Serum-therapy of plague in India - Number 20
Disease focus: Plague
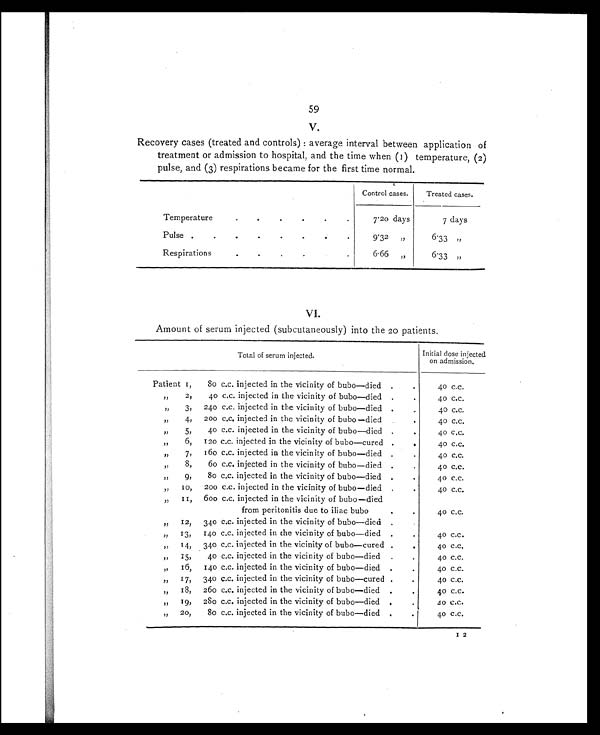
59
V.
Recovery cases (treated and controls) : average interval between application of
treatment or admission to hospital, and the time when (1) temperature, (2)
pulse, and (3) respirations became for the first time normal.
Control cases.
Treated cases.
Temperature
.
7. 20 days
7 days
Pulse .
.
.
9.32 ,,
6. 33 , ,
Respirations
.
6.66 „
6. 33 , ,
VI.
Amount of serum injected (subcutaneously) into the 20 patients.
Total of serum injected.
Initial dose injected
on admission.
Patient 1,
80 c.c. injected in the vicinity of bubo—died
.
40 c.c.
,, 2,
40 c.c. injected in the vicinity of bubo—died
. .
40 c.c.
,, 3,
240 c.c. injected in the vicinity of bubo—died
.
40 c.c.
,, 4,
200 c.c. injected in the vicinity of bubo—died
.
40 c.c.
,, 5,
40 c.c. injected in the vicinity of bubo—died
.
.
40 c.c.
,, 6,
120 c.c. injected in the vicinity of bubo—cured .
.
40 c.c.
,, 7,
160 c.c. injected in the vicinity of bubo—died
.
40 c.c.
,, 8,
60 c.c. injected in the vicinity of bubo—died .
.
40 c.c.
,, 9,
80 c.c. injected in the vicinity of bubo—died
.
.
40 c.c.
,, 10,
200 c.c. injected in the vicinity of bubo—died
.
40 c.c.
,, 11,
600 c.c. injected in the vicinity of bubo—died
from peritonitis due to iliac bubo
.
4 0 c . c .
,, 12,
340 c.c. injected in the vicinity of bubo—died
. .
4 0 c . c .
,, 13,
140 c.c. injected in the vicinity of bubo—died
.
.
40 c.c.
,, 14,
340 c.c. injected in the vicinity of bubo—cured .
.
40 c.c.
,, 15,
40 c.c. injected in the vicinity of bubo—died
.
.
40 c.c.
,, 16,
140 c.c. injected in the vicinity of bubo—died
.
.
40 c.c.
,, 17,
340 c.c. injected in the vicinity of bubo—cured .
40 c.c.
,, 18,
260 c.c. injected in the vicinity of bubo—died
.
.
40 c.c.
,, 19,
280 c.c. injected in the vicinity of bubo—died
.
40 c.c.
,, 20,
80 c.c. injected in the vicinity of bubo—died
.
.
40 c.c.
I 2